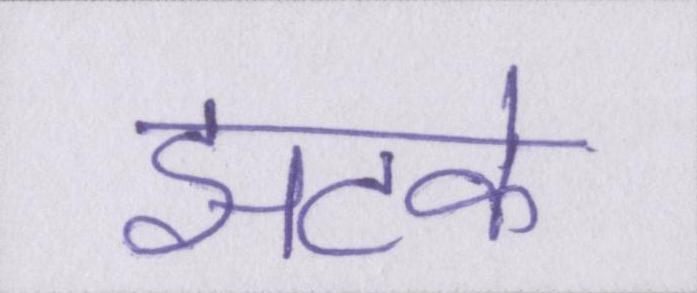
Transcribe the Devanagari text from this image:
झटके